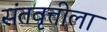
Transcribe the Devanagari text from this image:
संतवृत्तीला